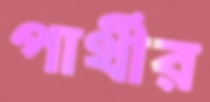
পার্থীর